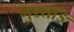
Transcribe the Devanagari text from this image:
मुस्ताङ